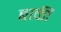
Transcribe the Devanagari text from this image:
बाकीं